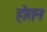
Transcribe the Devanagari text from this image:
होरान